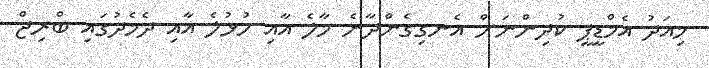
މިއަދު އެމްޑީޕީ ކުދިންނަށް އެނގިގެންދާނެ މާލެ އާއި ހުޅުލެ އާއި ދެމެދުގައި ބްރިޖް